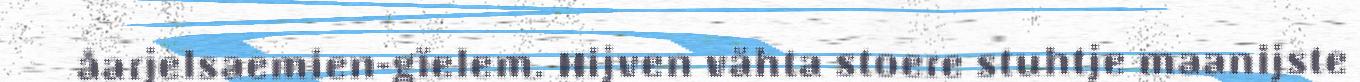
åarjelsaemien-gïelem. Hijven vähta stoere stuhtje maanijste